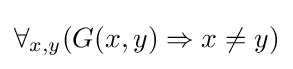
\forall _{x,y}(G(x,y)\Rightarrow x\neq y)